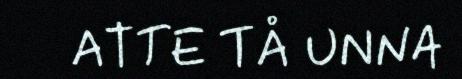
ATTE TÅ UNNA